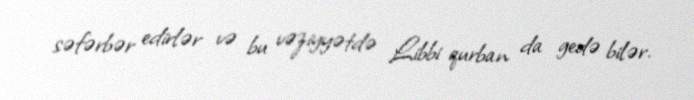
səfərbər edirlər və bu vəziyyətdə Libbi qurban da gedə bilər.